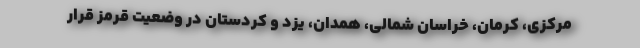
مرکزی، کرمان، خراسان شمالی، همدان، یزد و کردستان در وضعیت قرمز قرار